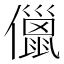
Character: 儠